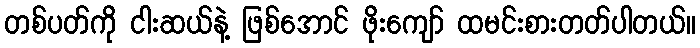
တစ်ပတ်ကို ငါးဆယ်နဲ့ ဖြစ်အောင် ဖိုးကျော် ထမင်းစားတတ်ပါတယ်။